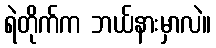
ရဲတိုက်က ဘယ်နားမှာလဲ။